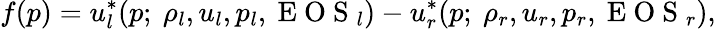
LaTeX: f(p)=u_{l}^{*}(p;~\rho_{l},u_{l},p_{l},\mathrm{~E~O~S~}_{l})-u_{r}^{*}(p;~\rho_{r},u_{r},p_{r},\mathrm{~E~O~S~}_{r}),